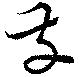
発